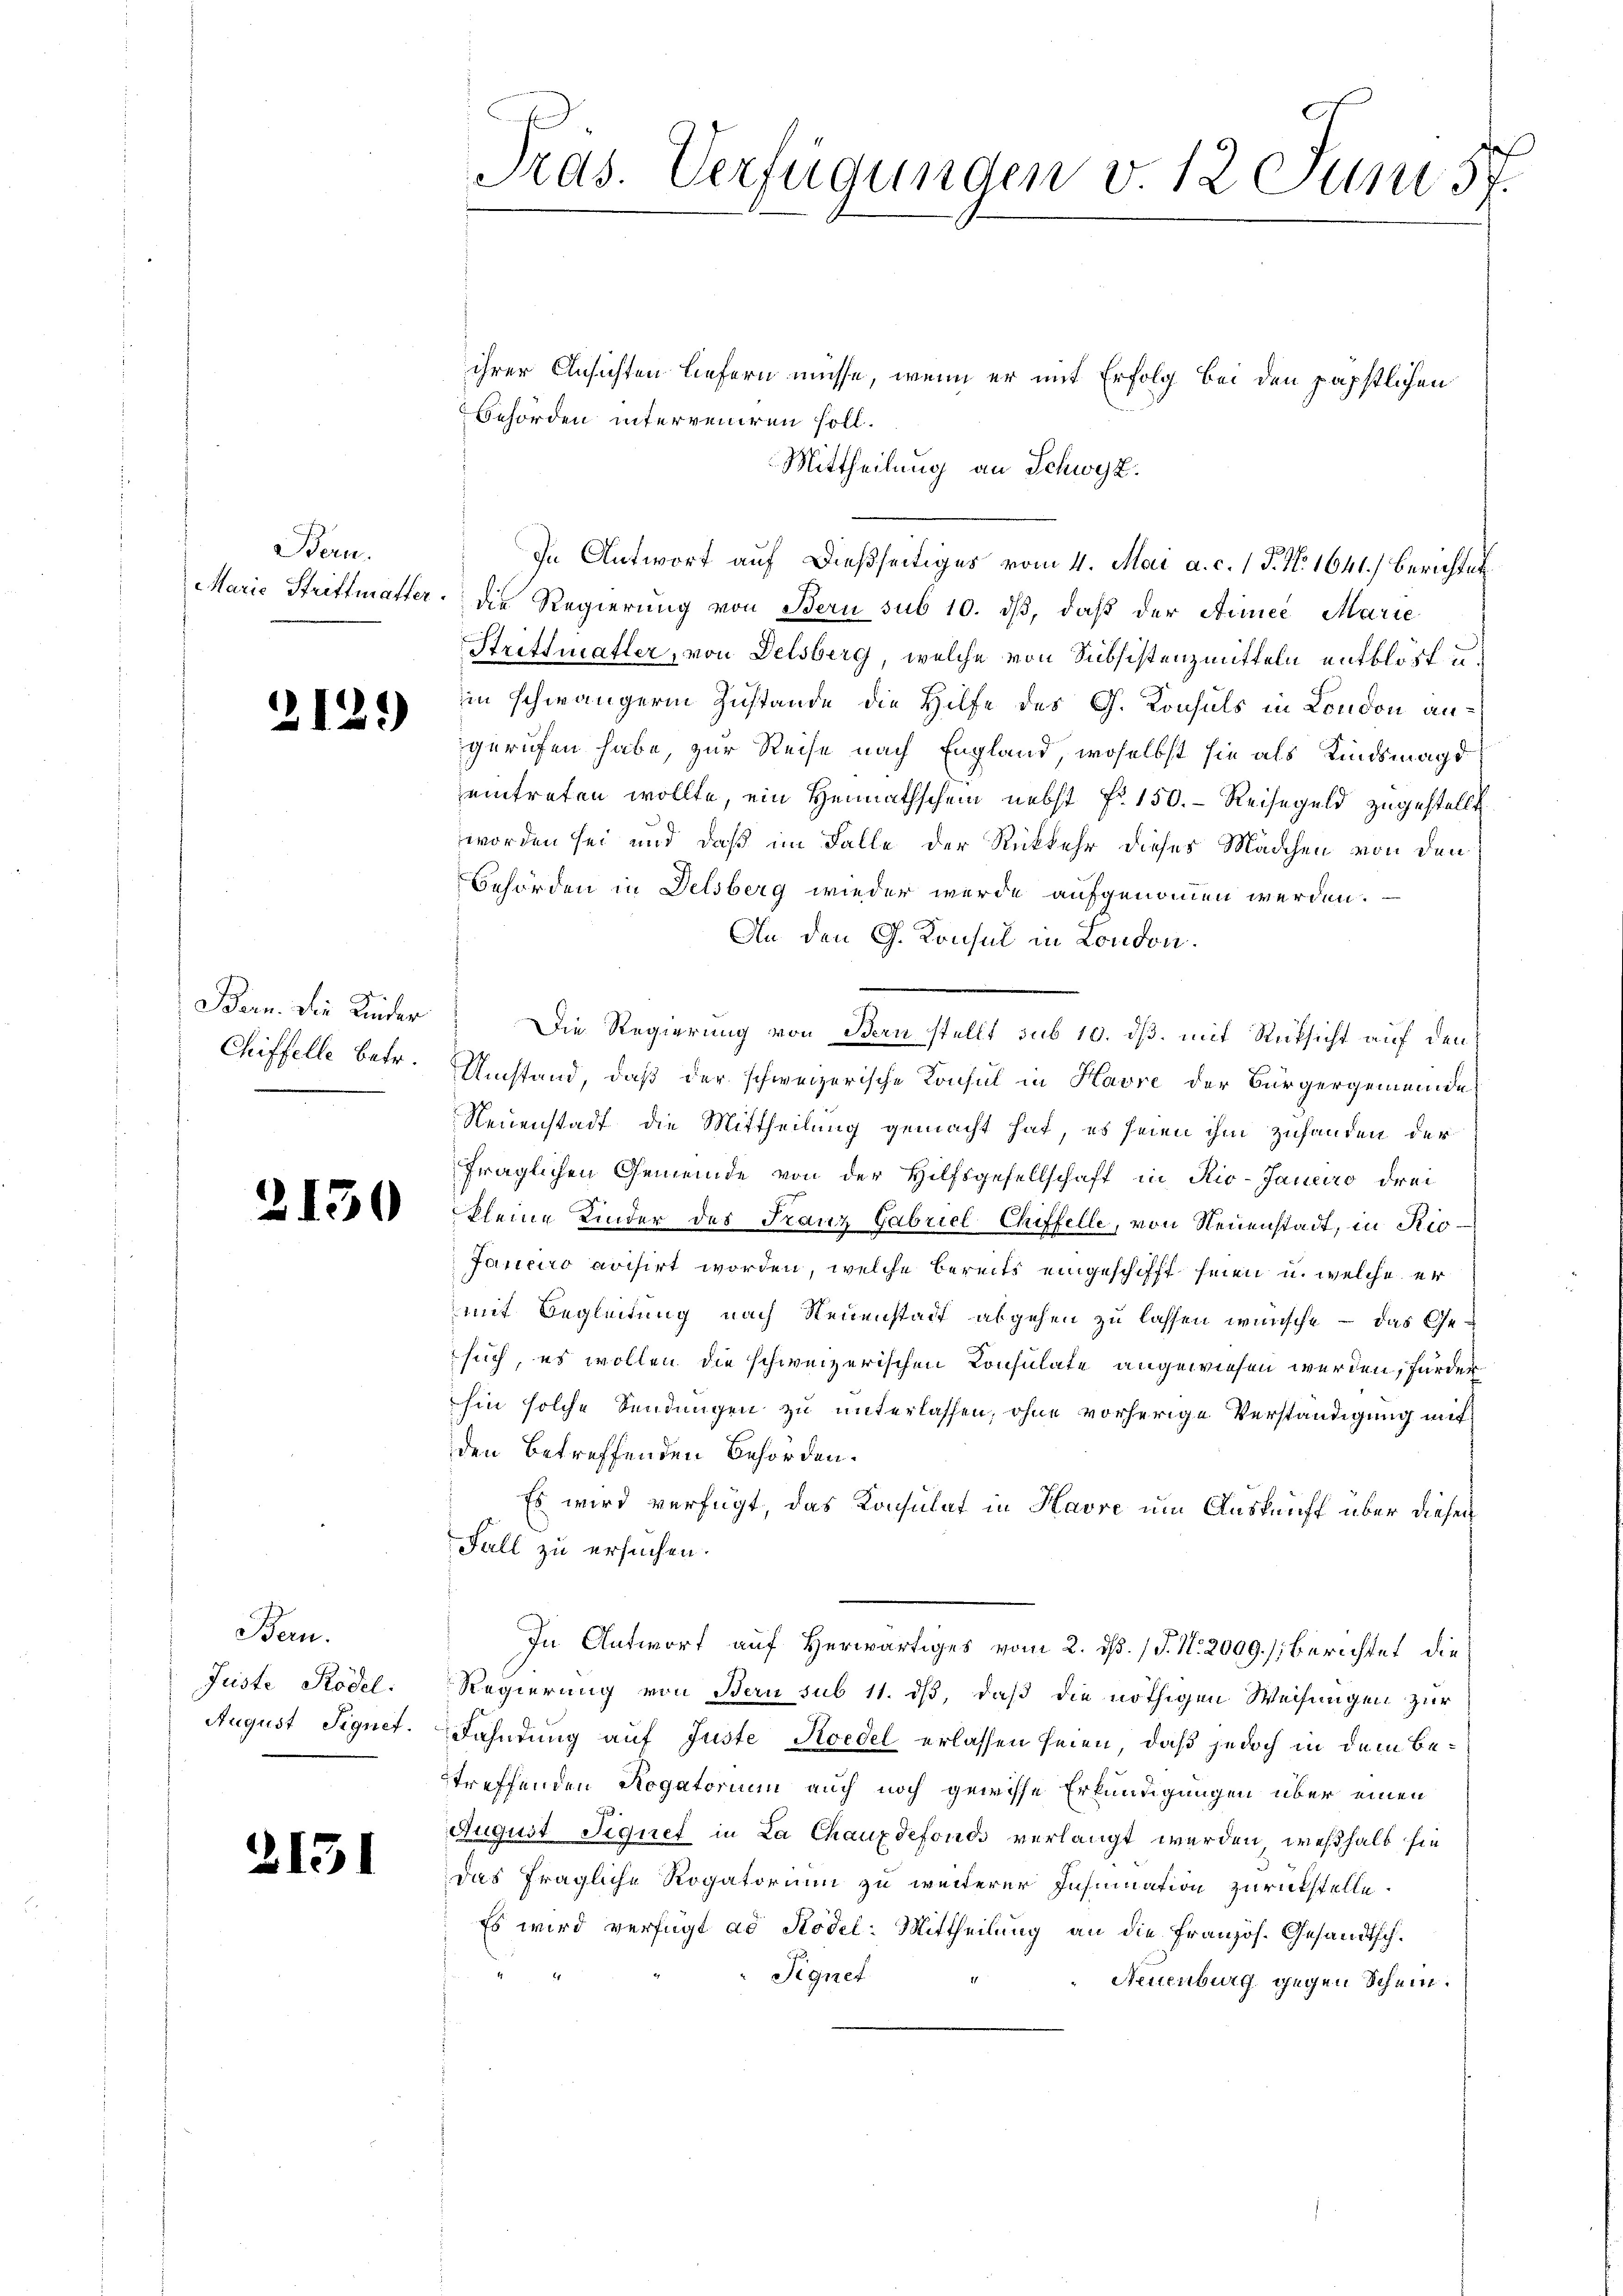
Bern.

2129

Bern. Die Kinder
Chiffelle betr.

2150

Bern.
Jüste Rödel.
August Signet.

2131

Pras. Verfügungen v. 12 Juni 57.

ihrer Ansichten liefern müsse, wenn er mit Erfolg bei den päpstlichen
Behörden interveniren soll.
Mittheilung an Schwyz.
In Antwort auf dießseitiges vom 4. Mai a. c. 1 P. Nr. 1641.) Berichtet
Marie Strittmatter die Regierung von Bern sub 10. dβ, daß der Armee Marie
Strittmatter, von Delsberg, welche von Subsistenzmitteln entblöst u.
in schwängerin Zustande die Hilfe des G. Konsuls in London angerufen habe, zur Reise nach England, woselbst sie als Kindsmagt
eintreten wollte, ein Heimathschein nebst Fr. 150. Reisegeld zugestellt
worden sei und daß im Falle der Rückkehr dieses Mädchen von den
Behörden in Delsberg wieder werde aufgenommen werden.
An den G. Konsul in London.
Die Regierung von Bern stellt sub 10. dß, mit Rüksicht auf den
Umstand, daß der schweizerische Konsul in Havre der Bürgergemeinde
Neuenstadt die Mittheilung gemacht hat, es seien ihm zuhanden der
fraglichen Gemeinde von der Hilfsgesellschaft in Rio-Janeiro drei
kleine Kinder des Franz Gabriel Chiffelle, von Neuenstadt, in Rio¬
Janeiro voisirt worden, welche bereits eingeschifft seien u. welche er
mit Begleitung nach Neuenstadt abgehen zu lassen wünsche – das Gesuch, es wollen die schweizerischen Konsulate angewiesen werden, fürder
hin solche Sendungen zu unterlassen, ohne vorherige Verständigung mit
den betreffenden Behörden.
Es wird verfügt, das Konsulat in Havre um Auskunft über diesen
Fall zu ersuchen.
In Antwort auf Herwärtiges vom 2. ds. (T. N. 2009.) Berichtet die
Regierung von Bern sub 11. ds, daß die nöthigen Weisungen zur
Fahndung auf Juste Hoedel erlassen seien, daß jedoch in dem Betreffenden Rogatorium auch noch gewisse Erkundigungen über einen
August Siquet in La Chauxdefonds verlangt werden, weßhalb sie
das fragliche Rogatorium zu weiterer Insinuation zurückstelle.
Es wird verfügt ad Rödel-Mittheilung an die Französ. Gesandtsch¬
Signet
" Neuenburg gegen Schein.